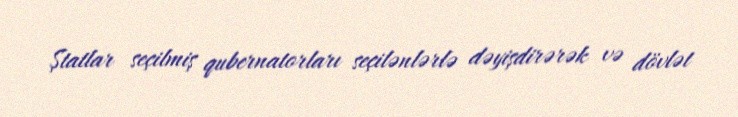
Ştatlar seçilmiş qubernatorları seçilənlərlə dəyişdirərək və dövlət